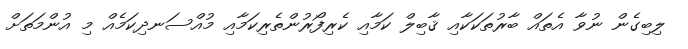
ލިބިގެން ނުވާ އެތައް ބާރުތަކަކާއި ޤާބިލް ކަމާއި ކެރިފޯރުންތެރިކަމާއި މުއްސަނދިކަމެއް މި އުންމަތަށް